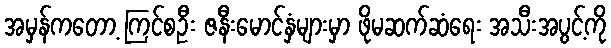
အမှန်ကတော့ ကြင်စဦး ဇနီးမောင်နှံများမှာ ဖိုမဆက်ဆံရေး အသီးအပွင့်ကို